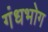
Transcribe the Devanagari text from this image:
गंधभोग